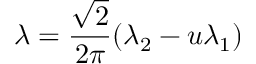
\lambda = \frac { \sqrt 2 } { 2 \pi } ( \lambda _ { 2 } - u \lambda _ { 1 } )